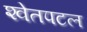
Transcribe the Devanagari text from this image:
श्‍वेतपटल